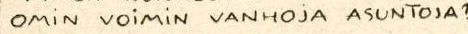
OMiN VOiMiN VANHOjA ASUNTOJA?